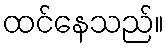
ထင်နေသည်။